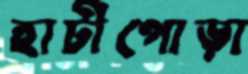
হাটীপোড়া